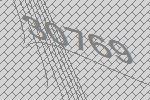
30769